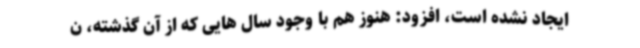
ایجاد نشده است، افزود: هنوز هم با وجود سال هایی که از آن گذشته، ن